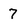
Character: 7